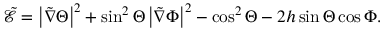
\tilde { \mathcal { E } } = \left| \tilde { \nabla } \Theta \right| ^ { 2 } + \sin ^ { 2 } \Theta \left| \tilde { \nabla } \Phi \right| ^ { 2 } - \cos ^ { 2 } \Theta - 2 h \sin \Theta \cos \Phi .